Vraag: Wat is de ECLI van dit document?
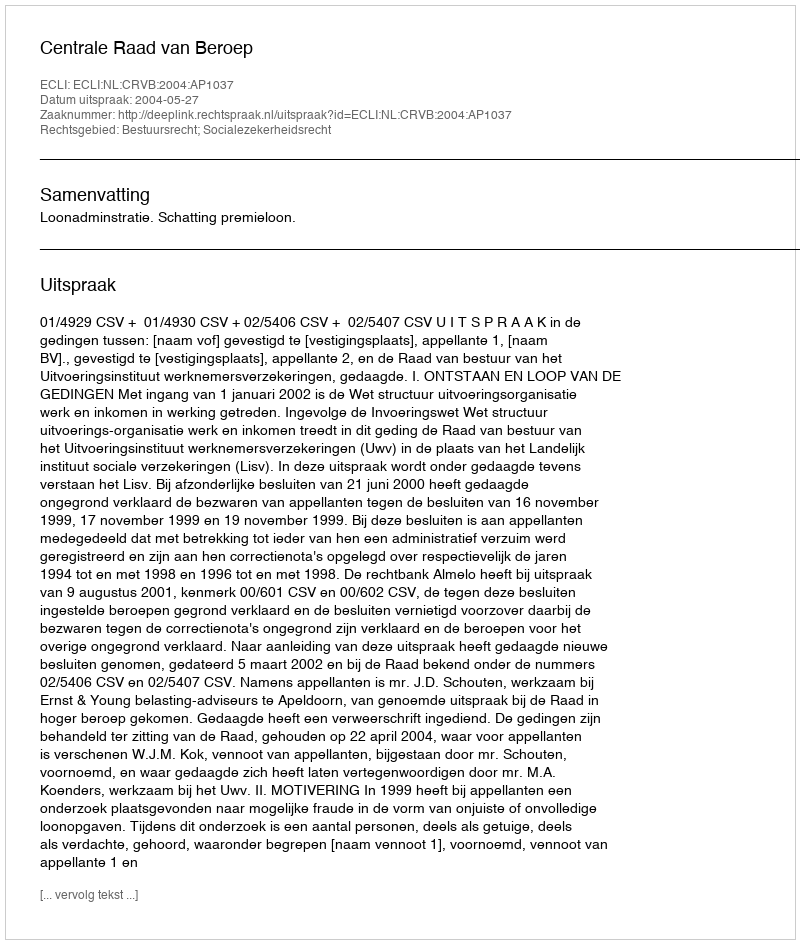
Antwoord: ECLI:NL:CRVB:2004:AP1037